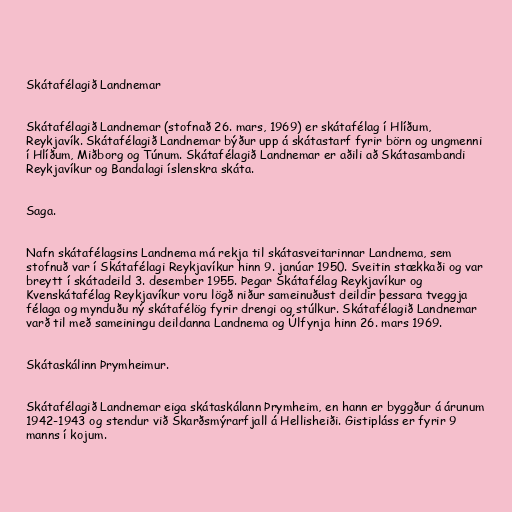
Skátafélagið Landnemar

Skátafélagið Landnemar (stofnað 26. mars, 1969) er skátafélag í Hlíðum,
Reykjavík. Skátafélagið Landnemar býður upp á skátastarf fyrir börn og ungmenni
í Hlíðum, Miðborg og Túnum. Skátafélagið Landnemar er aðili að Skátasambandi
Reykjavíkur og Bandalagi íslenskra skáta.

Saga.

Nafn skátafélagsins Landnema má rekja til skátasveitarinnar Landnema, sem
stofnuð var í Skátafélagi Reykjavíkur hinn 9. janúar 1950. Sveitin stækkaði og var
breytt í skátadeild 3. desember 1955. Þegar Skátafélag Reykjavíkur og
Kvenskátafélag Reykjavíkur voru lögð niður sameinuðust deildir þessara tveggja
félaga og mynduðu ný skátafélög fyrir drengi og stúlkur. Skátafélagið Landnemar
varð til með sameiningu deildanna Landnema og Úlfynja hinn 26. mars 1969.

Skátaskálinn Þrymheimur.

Skátafélagið Landnemar eiga skátaskálann Þrymheim, en hann er byggður á árunum
1942-1943 og stendur við Skarðsmýrarfjall á Hellisheiði. Gistipláss er fyrir 9
manns í kojum.